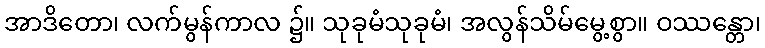
အာဒိတော၊ လက်မွန်ကာလ ၌။ သုခုမံသုခုမံ၊ အလွန်သိမ်မွေ့စွာ။ ဝဿန္တော၊